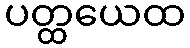
ပတ္ထယေထ